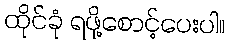
ထိုင်ခုံ ရဖို့စောင့်ပေးပါ။